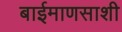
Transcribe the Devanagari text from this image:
बाईमाणसाशी